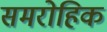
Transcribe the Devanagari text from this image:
समरोहिक